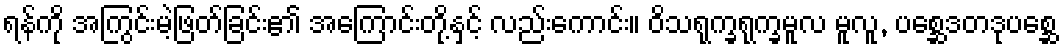
ရန်ကို အကြွင်းမဲ့ဖြတ်ခြင်း၏ အကြောင်းတို့နှင့် လည်းကောင်း။ ဝိသရုက္ခရုက္ခမူလ မူလူ, ပစ္ဆေဒတဒုပစ္ဆေ